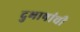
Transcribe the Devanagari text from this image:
दुभाषांची